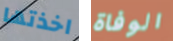
اخذتها الوفاة